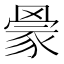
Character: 𰭒